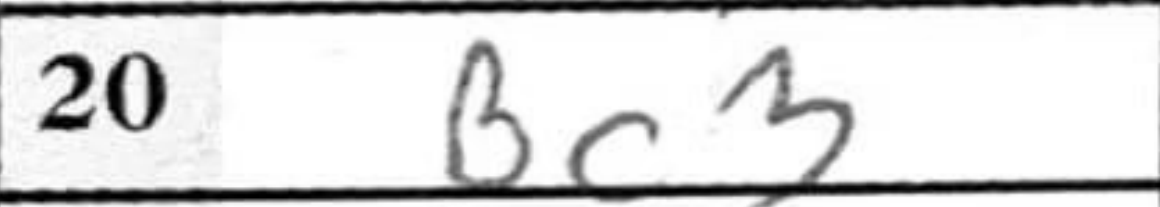
Transcription: Bc3